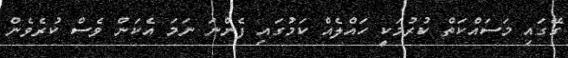
ގޭގައި މަސައްކަތް ކުރުމަކީ ހައްލެއް ކަމުގައި ފެންނަ ނަމަ އެކަން ވެސް ކުރެވެން